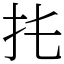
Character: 扥